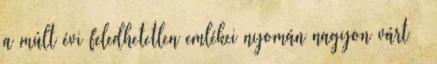
a múlt évi feledhetetlen emlékei nyomán nagyon várt –